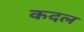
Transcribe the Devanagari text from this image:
कदल